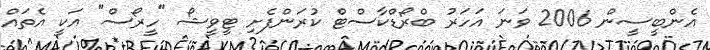
އެންބީސީން 2006 ވަނަ އަހަރު ބްރޯޑްކާސްޓް ކުރަންފެށި ޓީވީޝޯ "ހީރޯސް" އަކީ އެތައް